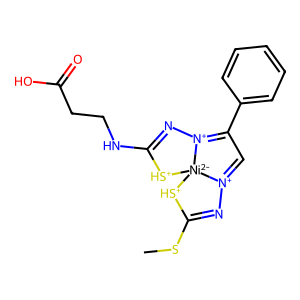
SMILES: CSC1=N[N+]2=CC(c3ccccc3)=[N+]3N=C(NCCC(=O)O)[SH+][Ni-2]23[SH+]1
Inhibits HIV replication: No